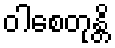
ဝါစေတုန္တိ